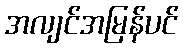
အလျင်အမြန်ပင်